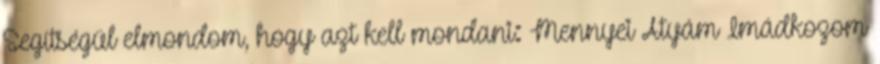
Segítségül elmondom, hogy azt kell mondani: Mennyei Atyám Imádkozom